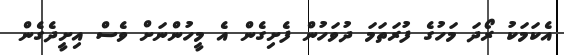
އެކަމަކު ރޯދަ މަހުގެ ފުރަތަމަ ދުވަހުން ފެށިގެން އެ މީހުންނަށް ވެސް އިށީދެގެން